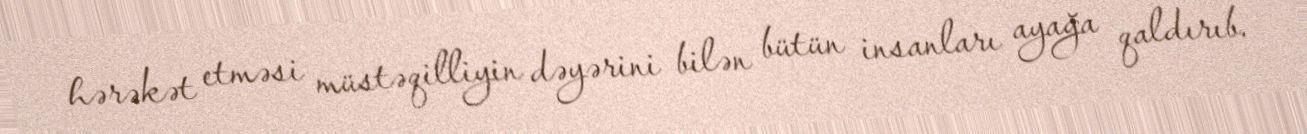
hərəkət etməsi müstəqilliyin dəyərini bilən bütün insanları ayağa qaldırıb.